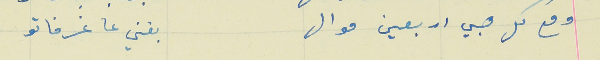
ومع كل هبي اربعين موال                                  بغني عا غرفاتو